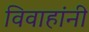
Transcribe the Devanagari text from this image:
विवाहांनी